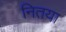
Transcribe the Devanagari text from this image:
नितया